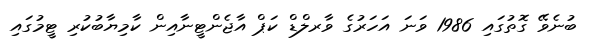
ބުނެވޭ ގޮތުގައި 1986 ވަނަ އަހަރުގެ ވާރލްޑް ކަޕް އާޖެންޓީނާއިން ކާމިޔާބުކުރި ޓީމުގައި